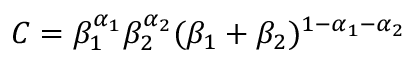
C = \beta _ { 1 } ^ { \alpha _ { 1 } } \beta _ { 2 } ^ { \alpha _ { 2 } } ( \beta _ { 1 } + \beta _ { 2 } ) ^ { 1 - \alpha _ { 1 } - \alpha _ { 2 } }